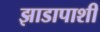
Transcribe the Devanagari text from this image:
झाडापाशी